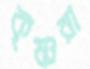
কৃষ্ণরা